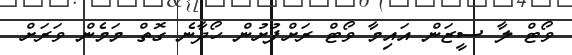
ވޯޓް ލާ ސީޒަން އައިމާ ވޯޓް ރަށްފުށުން ހޯދާނެ ގޮތް މަމެން ވަރަށް